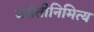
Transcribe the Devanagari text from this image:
जयंतीनिमित्य